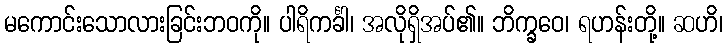
မကောင်းသောလားခြင်းဘဝကို။ ပါရိကင်္ခါ၊ အလိုရှိအပ်၏။ ဘိက္ခဝေ၊ ရဟန်းတို့။ ဆဟိ၊